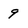
Character: 9